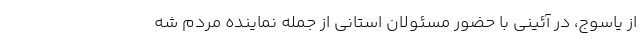
از یاسوج، در آئینی با حضور مسئولان استانی از جمله نماینده مردم شه